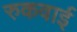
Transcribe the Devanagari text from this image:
रुकवाई